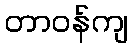
တာဝန်ကျ